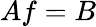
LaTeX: Af=B